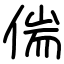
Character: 偳